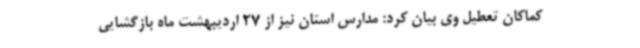
کماکان تعطیل وی بیان کرد: مدارس استان نیز از 27 اردیبهشت ماه بازگشایی